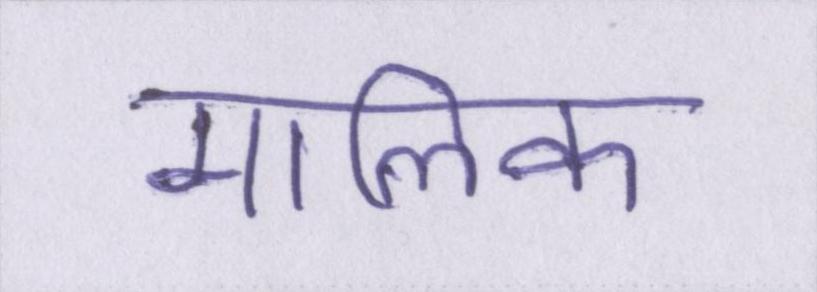
मालिक